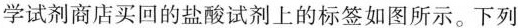
学试剂商店买回的盐酸试剂上的标签如图所示。下列